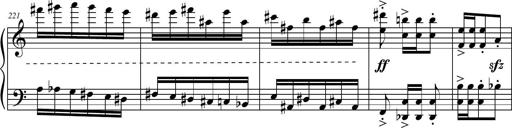
Title: Petite Sonatine
Composer: Richard St. Clair